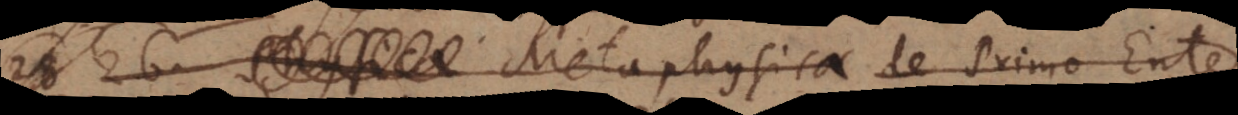
Physica Metaphysica de Primo Ente